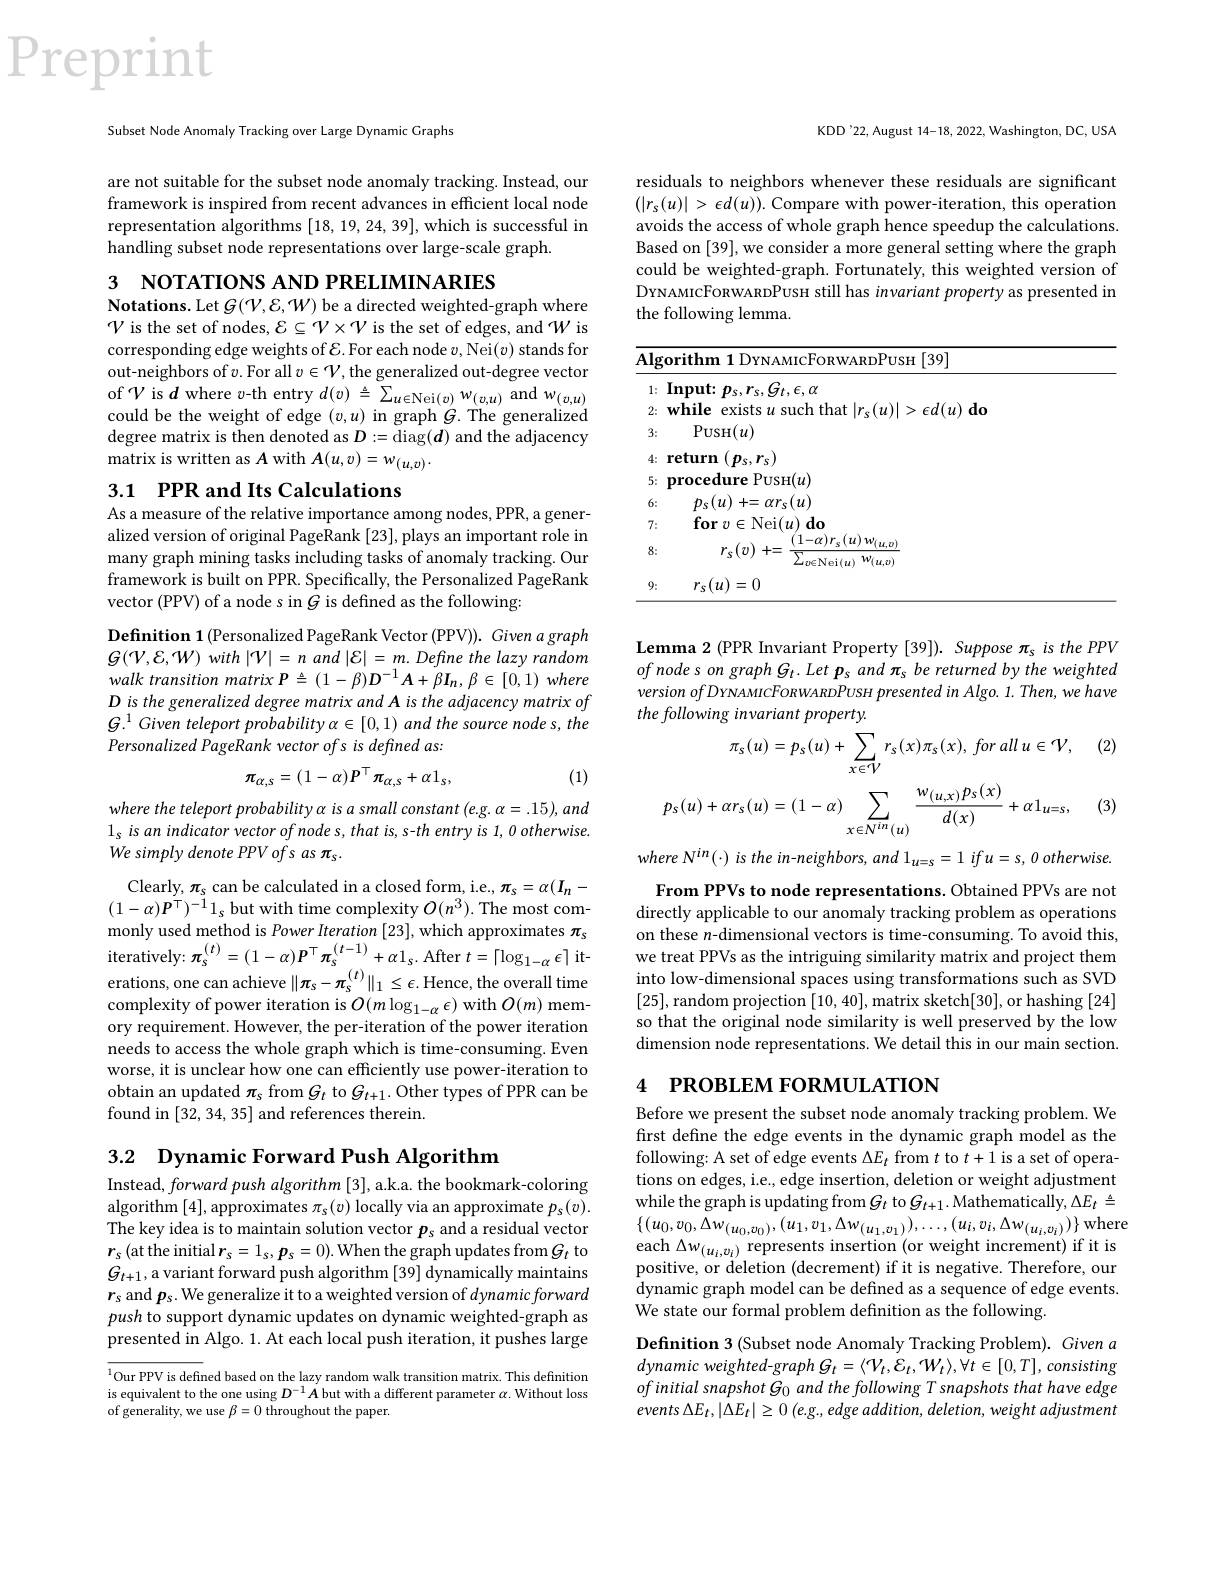
Preprint

Subset Node Anomaly Tracking over Large Dynamic Graphs

are not suitable for the subset node anomaly tracking. Instead, our framework is inspired from recent advances in efficient local node representation algorithms [18,19,24,39],which is successful in handling subset node representations over large-scale graph.

3 NOTATIONS AND PRELIMINARIES

Notations. Let $G(\mathcal{V},\mathcal{E},\mathcal{W})$ be a directed weighted-graph where $\mathcal{V}$ is the set of nodes, $\mathcal{E}\subseteq\mathcal{V}\times\mathcal{V}$ is the set of edges, and $\mathcal{W}$ is corresponding edge weights of $\mathcal{E}.$ For each node $v$,Nei$(v)$ stands for out-neighbors of $v.$ For all $v\in\mathcal{V}$,the generalized out-degree vector of$V$is$d$where $v$-th entry$d(v)\stackrel{\Delta}{=}\sum_{u\in\mathrm{Nei}(v)}w_{(v,u)}$and$w_{(v,u)}$ could be the weight of edge $(v,u)$ in graph $G.$ The generalized degree matrix is then denoted as $D:=\operatorname{diag}(\boldsymbol{d})$ and the adjacency matrix is written as A with $A(u,v)=w_(u,v).$

## 3.1 PPR and Its Calculations As a measure of the relative importance among nodes, PPR, a gener-

alized version of original PageRank [23], plays an important role in many graph mining tasks including tasks of anomaly tracking. Our framework is built on PPR. Specifically, the Personalized PageRank vector (PPV) of a node s in $\dot{G}$ is defined as the following:

Definition 1 (Personalized PageRank Vector (PPV)). Given a graph ${\mathcal{G} }( \mathcal{V} , \mathcal{E} , \mathcal{W} )$ with $| \mathcal{V} | =$ $n$ and $| \mathcal{E} | =$ $m.$ Define the lazy random walk transition matrix P $\triangleq(1-\beta)D^{-1}A+\beta I_{n},\beta\in[0,1)$ where D is the generalized degree matrix and A is the adjacency matrix of $G.^{1}$ Given teleport probability $\alpha\in[0,1)$ and the source node s, the Personalized PageRank vector ofs is defined as:
$$\pi_{\alpha,s}=(1-\alpha)P^{\top}\pi_{\alpha,s}+\alpha1_{s},$$
(1)

where the teleport probability α is a small constant (e.g. α= .15), and $1_{s}$ is an indicator vector of node s, that is, s-th entry is 1, 0 otherwise. We simply denote PPV ofs as πs.

Clearly, $\pi_{\mathrm{s}}$ can be calculated in a closed form, i.e., $\pi_{\mathrm{s}}=\alpha(I_{\mathrm{n}}-$ $(1-\alpha)\boldsymbol{P}^{\top})^{-1}1_{s}$ but with time complexity $O(n^3).$ The most commonly used method is Power Iteration [ 23] , which approximates $\pi _{s}$ iteratively: $\pi _{s}^{( t) }= ( 1- \alpha ) P^{\top }\pi _{s}^{( t- 1) }+ \alpha 1_{s. After }t= \lceil \log _{1- \alpha }\epsilon \rceil$ iterations, one can achieve $\|\pi_{s}-\pi_{s}^{(t)}\|_{1}\leq\epsilon.$ Hence, the overall time complexity of power iteration is $O(m\log_{1-\alpha}\epsilon)$ with $O(m)$ memory requirement. However, the per-iteration of the power iteration needs to access the whole graph which is time-consuming. Even worse, it is unclear how one can efficiently use power-iteration to obtain an updated $\pi_s$ from $G_t$ to $G_t+1.$ Other types of PPR can be found in [32,34,35] and references therein.

3.2 Dynamic Forward Push Algorithm

Instead, forward push algorithm [3], a.k.a. the bookmark-coloring algorithm [4],approximates $\pi_{\mathrm{s}}(v)$ locally via an approximate $p_{\mathrm{s}}(v).$ The key idea is to maintain solution vector $p_s$ and a residual vector $\boldsymbol{r}_{s}\left(\mathrm{at~the~initial}\boldsymbol{r}_{s}=1_{s},\boldsymbol{p}_{s}=0\right).$When the graph updates from$G_t$ to $G_{t+1}$, a variant forward push algorithm [39] dynamically maintains $r_s$ and $p_s.$ We generalize it to a weighted version of dynamic forward push to support dynamic updates on dynamic weighted-graph as presented in Algo. 1. At each local push iteration, it pushes large

$^{1}$Our PPV is defined based on the lazy random walk transition matrix. This definition is equivalent to the one using $D^{-1}A$ but with a different parameter $\alpha.$ Without loss of generality, we use $\beta = 0 $throughout the paper.

KDD'22, August 14-18, 2022, Washington, DC, USA

residuals to neighbors whenever these residuals are significant $(|r_s(u)|>\epsilon d(u)).$ Compare with power-iteration, this operation avoids the access of whole graph hence speedup the calculations. Based on [39], we consider a more general setting where the graph could be weighted-graph. Fortunately, this weighted version of DYNAMICFORWARDPUSH still has invariant property as presented in the following lemma.

<table>
	<tbody>
		<tr>
			<td>$Al$</td>
			<td>$Al_{\xi}$</td>
			<td>${\mathrm{orithm~1~D}}$YNAMICFORWARDPUSH[39]</td>
		</tr>
		<tr>
			<td>6</td>
			<td>6:</td>
			<td>$p_{s}(u)+=\alpha r_{s}(u)$</td>
		</tr>
		<tr>
			<td>7</td>
			<td>7:</td>
			<td>$\textbf{for}v\in$Nei$( u) \textbf{do}$</td>
		</tr>
		<tr>
			<td>8</td>
			<td>8:</td>
			<td>$r_{s}(v)+=$ $(1-\alpha)r_{s}(u)w_{(u,v)}$ L- $\overline{\sum_{v\in\mathrm{Nei}(u)}w_{(u,v)}}$</td>
		</tr>
		<tr>
			<td>9</td>
			<td>9:</td>
			<td>$r_{s}(u)=0$</td>
		</tr>
	</tbody>
</table>

Lemma 2 (PPR Invariant Property [39]). Suppose $\pi_s$ is the PPV of node s on graph $G_t.\textit{Let p}_s$ and $\pi _s\textit{be returned by the weighted}$ version ofDYNAMICFORWARDPUSH presented in Algo. 1. Then, we have the following invariant property.
$$\pi_{s}(u)=p_{s}(u)+\sum_{x\in\mathcal{V}}r_{s}(x)\pi_{s}(x),\:for\:all\:u\in\mathcal{V},$$
$$p_{s}(u)+\alpha r_{s}(u)=(1-\alpha)\sum_{x\in N^{in}(u)}\frac{w_{(u,x)}p_{s}(x)}{d(x)}+\alpha1_{u=s},$$
where N$^in(\cdot)$ is the in-neighbors, and 1$_u=s=1$ if$u= s, 0\textit{otherwise. }$ From PPVs to node representations. Obtained PPVs are not
directly applicable to our anomaly tracking problem as operations on these $n$-dimensional vectors is time-consuming. To avoid this, we treat PPVs as the intriguing similarity matrix and project them into low-dimensional spaces using transformations such as SVD [25],random projection[10,40],matrix sketch[30],or hashing[24] so that the original node similarity is well preserved by the low dimension node representations. We detail this in our main section.

### 4 PROBLEM FORMULATION

Before we present the subset node anomaly tracking problem. We first define the edge events in the dynamic graph model as the following: A set of edge events $\Delta E_t$ from $t$ to $t+1$ is a set of operations on edges, i.e., edge insertion, deletion or weight adjustment while the graph is updating from $G_t$ to $G_t+1.$ Mathematically, $\Delta E_t\triangleq$ $\{(u_{0},v_{0},\Delta w_{(u_{0},v_{0})},(u_{1},v_{1},\Delta w_{(u_{1},v_{1})}),\ldots,(u_{i},v_{i},\Delta w_{(u_{i},v_{i})})\}$where each $\Delta w_{(u_i,v_i)}$ represents insertion (or weight increment) if it is positive, or deletion (decrement) if it is negative. Therefore, our dynamic graph model can be defined as a sequence of edge events. We state our formal problem definition as the following.

Definition 3 (Subset node Anomaly Tracking Problem). Given a $dynamicweighted-graphG_{t}=\langle\mathcal{V}_{t},\mathcal{E}_{t},\mathcal{W}_{t}\rangle,\forall t\in[0,T],consisting$ of initial snapshot G0 and the following T snapshots that have edge events $\Delta E_t, | \Delta E_t| \geq 0$ $( e. g, edge$ $addition, deletion, weight$ adjustment